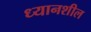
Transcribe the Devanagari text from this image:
ध्यानशील